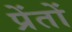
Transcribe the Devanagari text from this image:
प्रेंतों